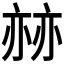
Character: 𠅯